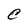
Character: C